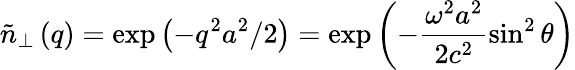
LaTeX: \tilde{n}_{\bot}\left(q\right)=\exp\left(-q^{2}a^{2}/2\right)=\exp\left(-\frac{\omega^{2}a^{2}}{2c^{2}}\sin^{2}\theta\right)